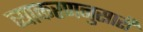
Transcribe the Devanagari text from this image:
व्याकरणनुसारी